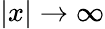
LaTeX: |x|\to\infty